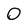
Character: 0